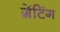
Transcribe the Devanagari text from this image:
ग्रेंटिंग